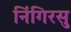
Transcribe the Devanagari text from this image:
निंगिरसु